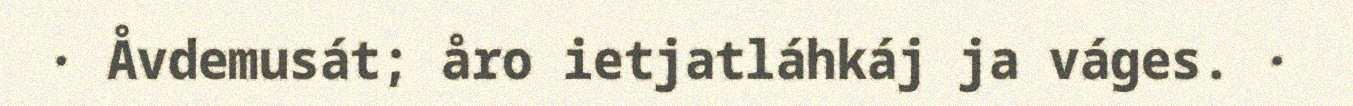
· Åvdemusát; åro ietjatláhkáj ja váges. ·